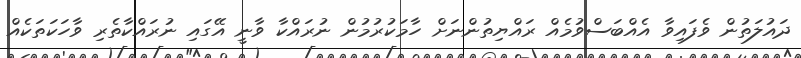
ދައުލަތުން ވެފައިވާ އެއްބަސްވުމެއް ރައްޔިތުންނަށް ހާމަކުރުމުން ނުރައްކާ ވާނީ އޭގައި ނުރައްކާތެރި ވާހަކަތަކެއް